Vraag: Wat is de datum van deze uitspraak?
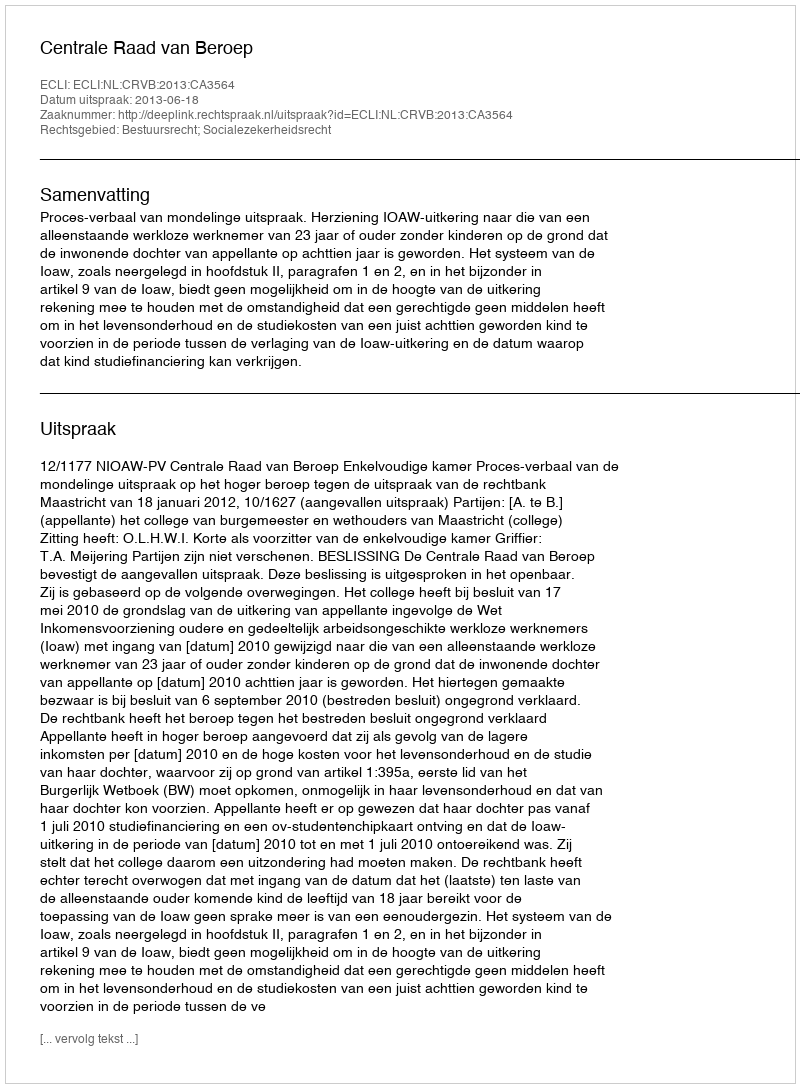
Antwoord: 2013-06-18